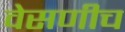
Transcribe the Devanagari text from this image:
वेसणीच